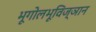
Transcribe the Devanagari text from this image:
भूगोलभूविज्ञान